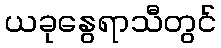
ယခုနွေရာသီတွင်